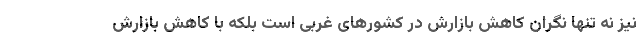
نیز نه تنها نگران کاهش بازارش در کشورهای غربی است بلکه با کاهش بازارش